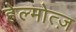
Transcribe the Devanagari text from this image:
हेल्मोत्ज़